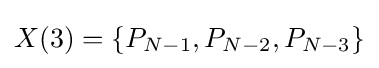
X(3)=\{P_{N-1},P_{N-2},P_{N-3}\}